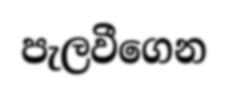
පැලවීගෙන